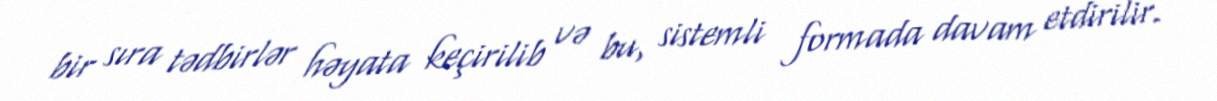
bir sıra tədbirlər həyata keçirilib və bu, sistemli formada davam etdirilir.